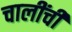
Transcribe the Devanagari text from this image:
चालींची